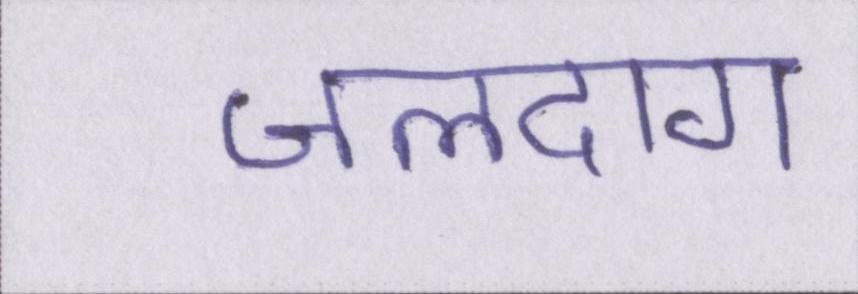
जलदाग